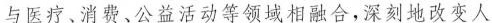
与医疗。消费、公益活动等领域相融合，深刻地改变人